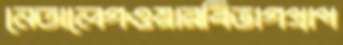
নেতালেগওয়ারবিভাগপ্রাপ